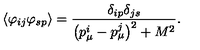
\langle \varphi _ { i j } \varphi _ { s p } \rangle = \frac { \delta _ { i p } \delta _ { j s } } { \bigl ( p _ { \mu } ^ { i } - p _ { \mu } ^ { j } \bigr ) ^ { 2 } + M ^ { 2 } } .